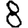
Digit: 8